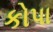
કોપા